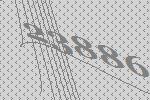
23886